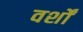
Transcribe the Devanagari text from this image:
वर्शों